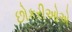
છોકરીઓએ